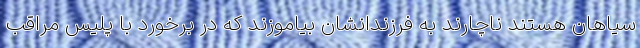
سیاهان هستند ناچارند به فرزندانشان بیاموزند که در برخورد با پلیس مراقب